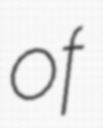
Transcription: of